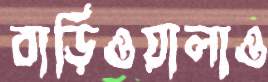
বাড়িওয়ালাও